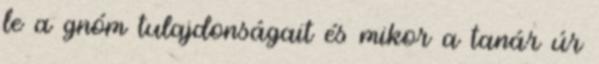
le a gnóm tulajdonságait és mikor a tanár úr